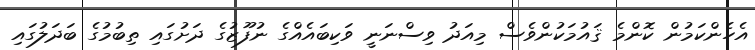
އެހެންކަމުން ކޮންމެ ޤައުމަކުންވެސް މިއަދު ވިސްނަނީ ވަކިބައެއްގެ ނުފޫޒުގެ ދަށުގައި ތިބުމުގެ ބަދަލުގައި